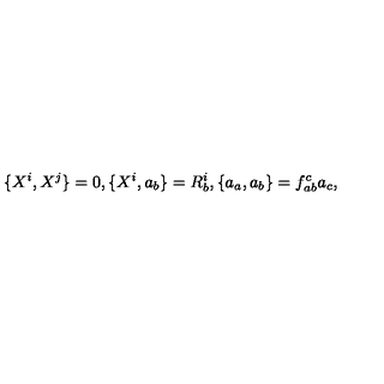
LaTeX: \{ X ^ { i } , X ^ { j } \} = 0 , \{ X ^ { i } , a _ { b } \} = R _ { b } ^ { i } , \{ a _ { a } , a _ { b } \} = f _ { a b } ^ { c } a _ { c } ,